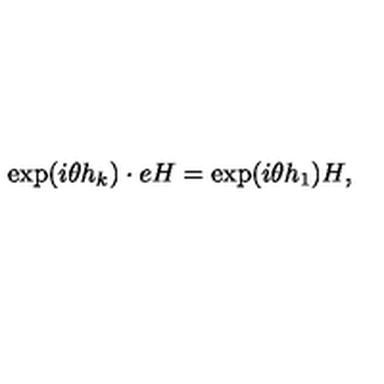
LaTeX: \exp ( i \theta h _ { k } ) \cdot e H = \exp ( i \theta h _ { 1 } ) H ,